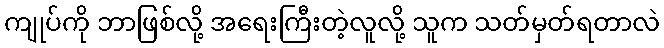
ကျုပ်ကို ဘာဖြစ်လို့ အရေးကြီးတဲ့လူလို့ သူက သတ်မှတ်ရတာလဲ